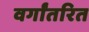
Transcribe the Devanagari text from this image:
वर्गांतरित